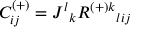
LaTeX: C _ { i j } ^ { ( + ) } = J ^ { l } { } _ { k } R ^ { { ( + ) } k } { } _ { l i j }